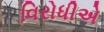
વિરોધીએ